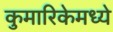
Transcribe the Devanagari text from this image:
कुमारिकेमध्ये